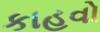
કાહવો